Annual administration and progress report of the Indian Medical Department, Bombay
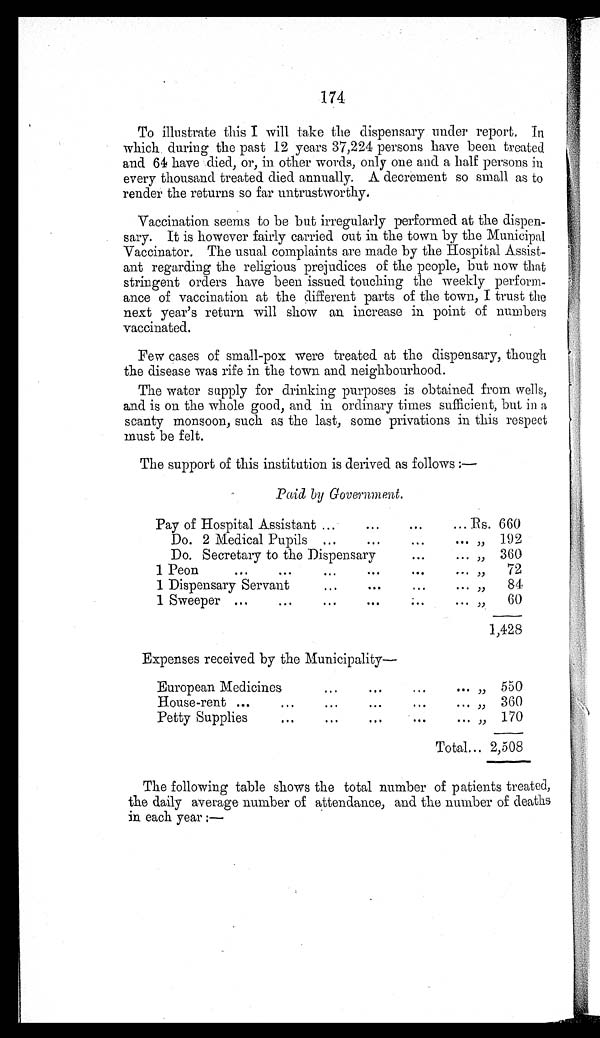
174
To illustrate this I will take the dispensary under report. In
which during the past 12 years 37,224 persons have been treated
and 64 have died, or, in other words, only one and a half persons in
every thousand treated died annually. A decrement so small as to
render the returns so far untrustworthy.
Vaccination seems to be but irregularly performed at the dispen
- s a r y . I t i s h o w e v e r f a i r l y c a r r i e d o u t i n t h e t o w n b y t h e M u n i c i p a l
Vaccinator. The usual complaints are made by the Hospital Assist
- a n t r e g a r d i n g t h e r e l i g i o u s p r e j u d i c e s o f t h e p e o p l e , b u t n o w t h a t
stringent orders have been issued touching the weekly perform-
- a n c e o f v a c c i n a t i o n a t t h e d i f f e r e n t p a r t s o f t h e t o w n , I t r u s t t h e
next year's return will show an increase in point of numbers
vaccinated.
Few cases of small-pox were treated at the dispensary, though
the disease was rife in the town and neighbourhood.
The water supply for drinking purposes is obtained from wells,
and is on the whole good, and in ordinary times sufficient, but in a
scanty monsoon, such as the last, some privations in this respect
must be felt.
The support of this institution is derived as follows :—
Paid by Government.
Pay of Hospital Assistant
Rs. 660
Do. 2 Medical Pupils
„ 192
Do. Secretary to the Dispensary
„
360
1 Peon
„
72
1 Dispensary Servant
„
84
1 Sweeper
„
60
1,428
Expenses received by the Municipality-
European Medicines
„ 550
House-rent
„
360
Petty Supplies
„
170
Total
„
2,508
The following table shows the total number of patients treated,
the daily average number of attendance, and the number of deaths
in each year :—